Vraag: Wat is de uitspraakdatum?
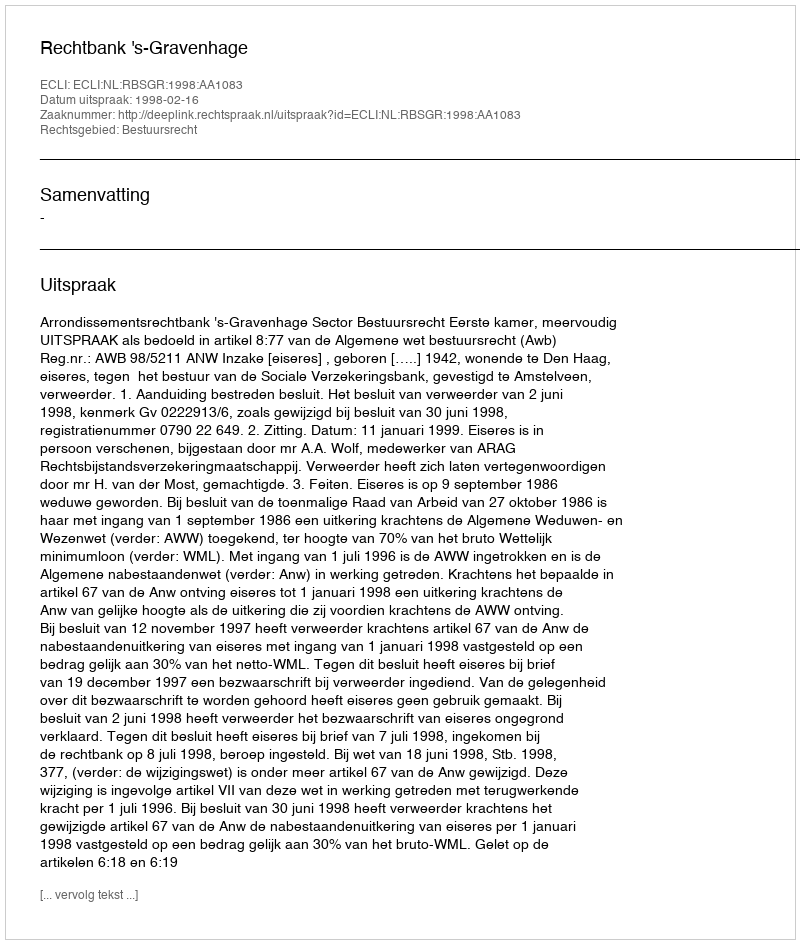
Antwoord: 1998-02-16